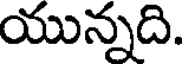
యున్నది.